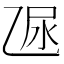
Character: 𠃮